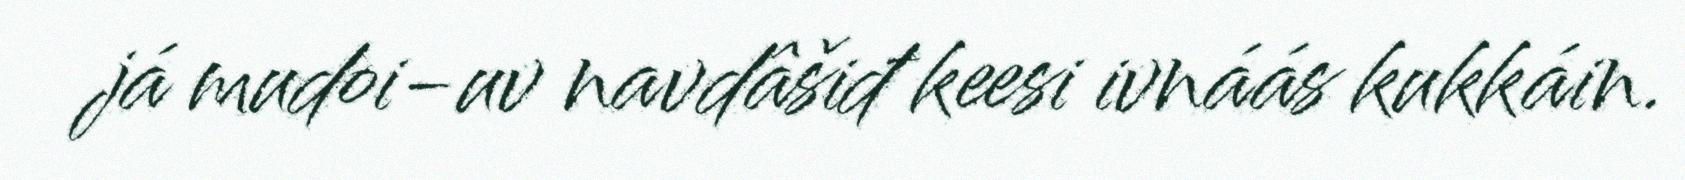
já mudoi-uv navdâšiđ keesi ivnáás kukkáin.